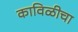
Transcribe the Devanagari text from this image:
काविळीचा